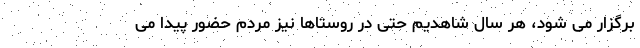
برگزار می شود، هر سال شاهدیم حتی در روستاها نیز مردم حضور پیدا می